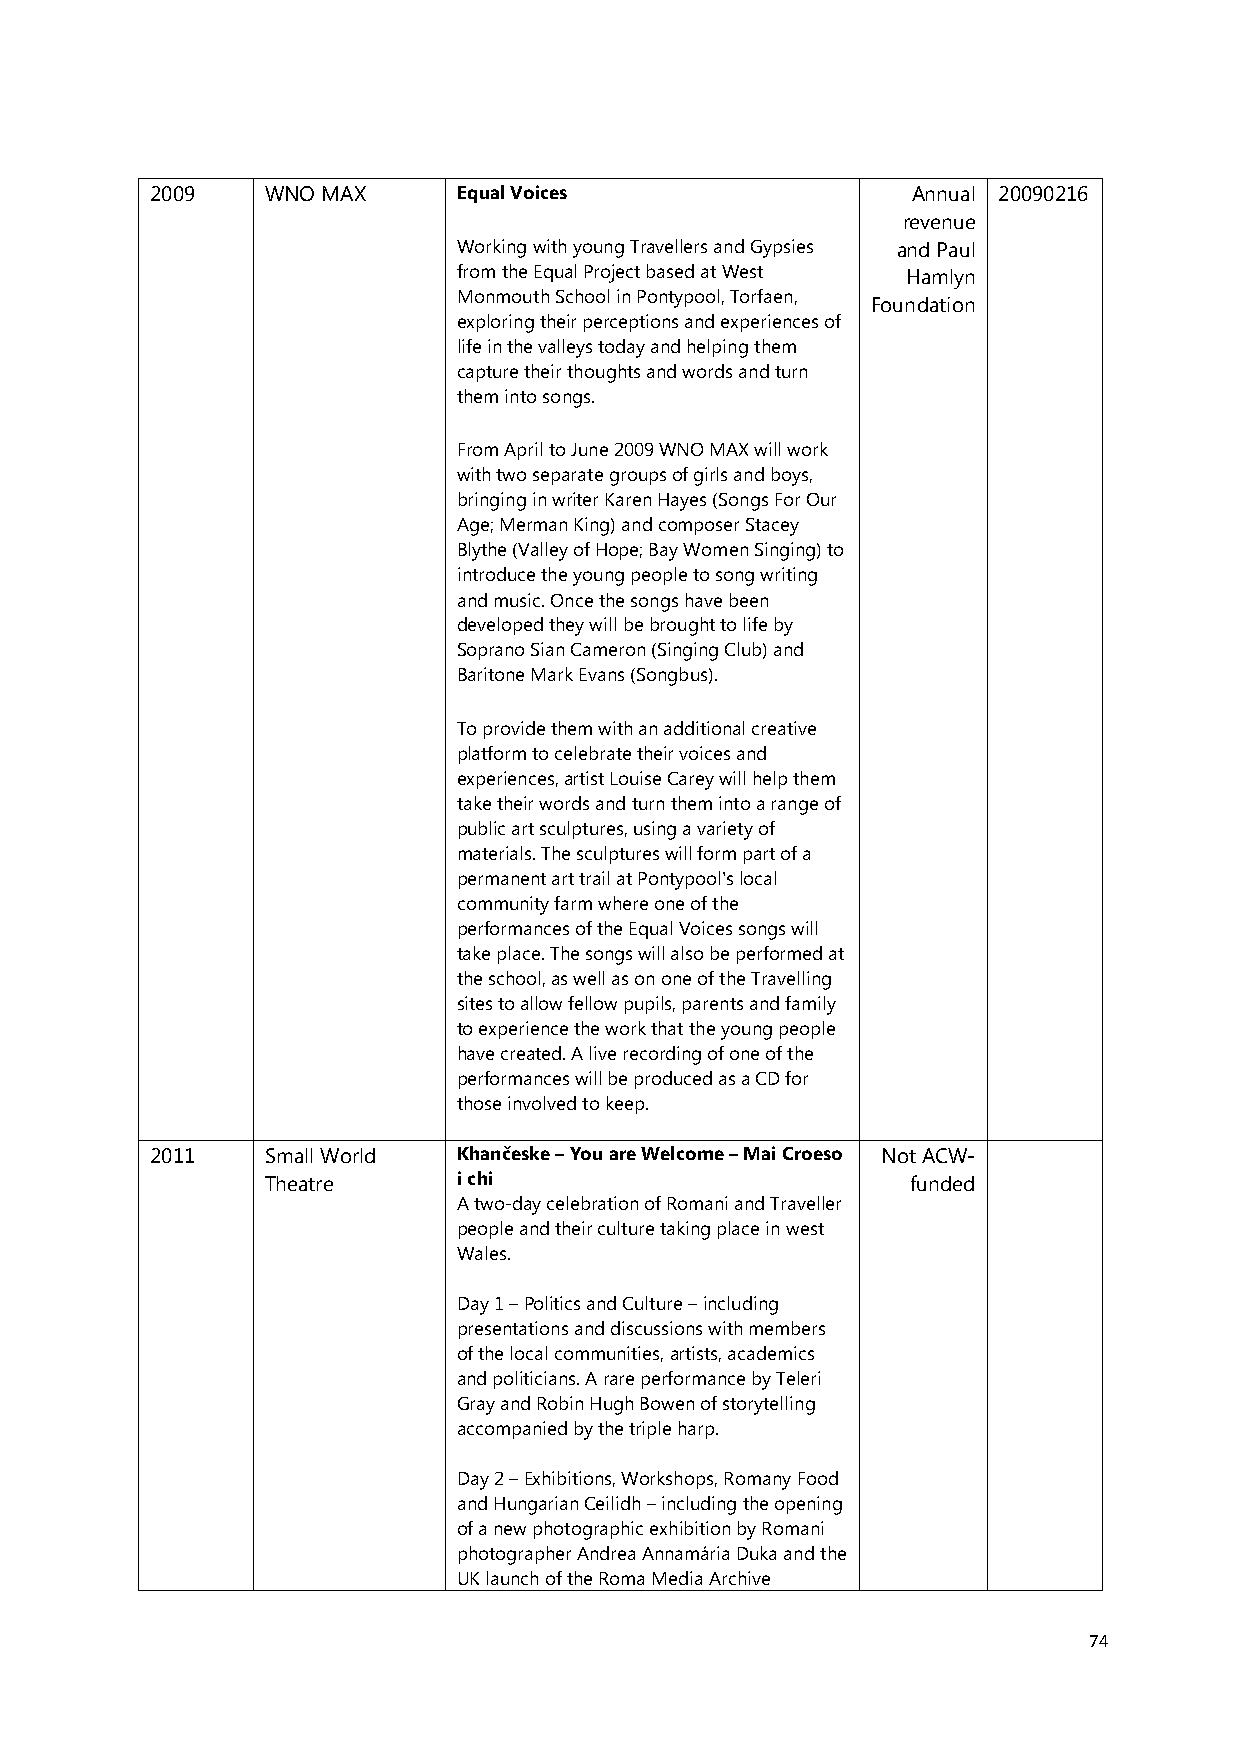
2009    WNO MAX     Equal Voices                  Annual 20090216
 revenue
 Working with young Travellers and Gypsies and Paul
 from the Equal Project based at West Hamlyn
 Monmouth School in Pontypool, Torfaen,
 Foundation
 exploring their perceptions and experiences of
 life in the valleys today and helping them
 capture their thoughts and words and turn
 them into songs.
 From April to June 2009 WNO MAX will work
 with two separate groups of girls and boys,
 bringing in writer Karen Hayes (Songs For Our
 Age; Merman King) and composer Stacey
 Blythe (Valley of Hope; Bay Women Singing) to
 introduce the young people to song writing
 and music. Once the songs have been
 developed they will be brought to life by
 Soprano Sian Cameron (Singing Club) and
 Baritone Mark Evans (Songbus).
 To provide them with an additional creative
 platform to celebrate their voices and
 experiences, artist Louise Carey will help them
 take their words and turn them into a range of
 public art sculptures, using a variety of
 materials. The sculptures will form part of a
 permanent art trail at Pontypool's local
 community farm where one of the
 performances of the Equal Voices songs will
 take place. The songs will also be performed at
 the school, as well as on one of the Travelling
 sites to allow fellow pupils, parents and family
 to experience the work that the young people
 have created. A live recording of one of the
 performances will be produced as a CD for
 those involved to keep.
 2011    Small World Khančeske – You are Welcome – Mai Croeso Not ACW-
 Theatre     i chi                         funded
 A two-day celebration of Romani and Traveller
 people and their culture taking place in west
 Wales.
 Day 1 – Politics and Culture – including
 presentations and discussions with members
 of the local communities, artists, academics
 and politicians. A rare performance by Teleri
 Gray and Robin Hugh Bowen of storytelling
 accompanied by the triple harp.
 Day 2 – Exhibitions, Workshops, Romany Food
 and Hungarian Ceilidh – including the opening
 of a new photographic exhibition by Romani
 photographer Andrea Annamária Duka and the
 UK launch of the Roma Media Archive
 74